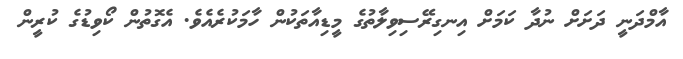
އާމްދަނީ ދަށަށް ނުދާ ކަމަށް އިނގިރޭސިވިލާތުގެ މީޑިއާތަކުން ހާމަކުރެއެވެ. އެގޮތުން ކޯވިޑުގެ ކުރީން